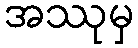
အဿုမှ